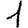
Digit: 1